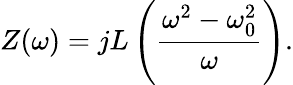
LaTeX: Z(\omega)=jL\left({\frac{\omega^{2}-\omega_{0}^{2}}{\omega}}\right).